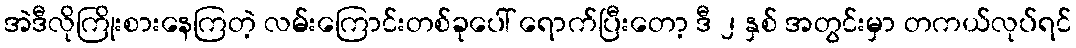
အဲဒီလိုကြိုးစားနေကြတဲ့ လမ်းကြောင်းတစ်ခုပေါ် ရောက်ပြီးတော့ ဒီ ၂ နှစ် အတွင်းမှာ တကယ်လုပ်ရင်